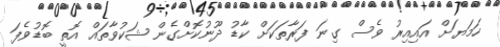
ހަމަޔަށް އައިއިރު ވެސް ގިނަ ފަރާތަކަށް ކާޑު ދޫނުކޮށްގެން ޝަކުވާތައް އޮތީ ބޮޑުވެފަ